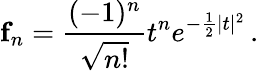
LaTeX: {\mathbf f}_{n}=\frac{(-1)^{n}}{\sqrt{n!}}t^{n}e^{-\frac{1}{2}|t|^{2}}\, .